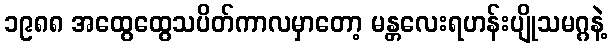
၁၉၈၈ အထွေထွေသပိတ်ကာလမှာတော့ မန္တလေးရဟန်းပျိုသမဂ္ဂနဲ့